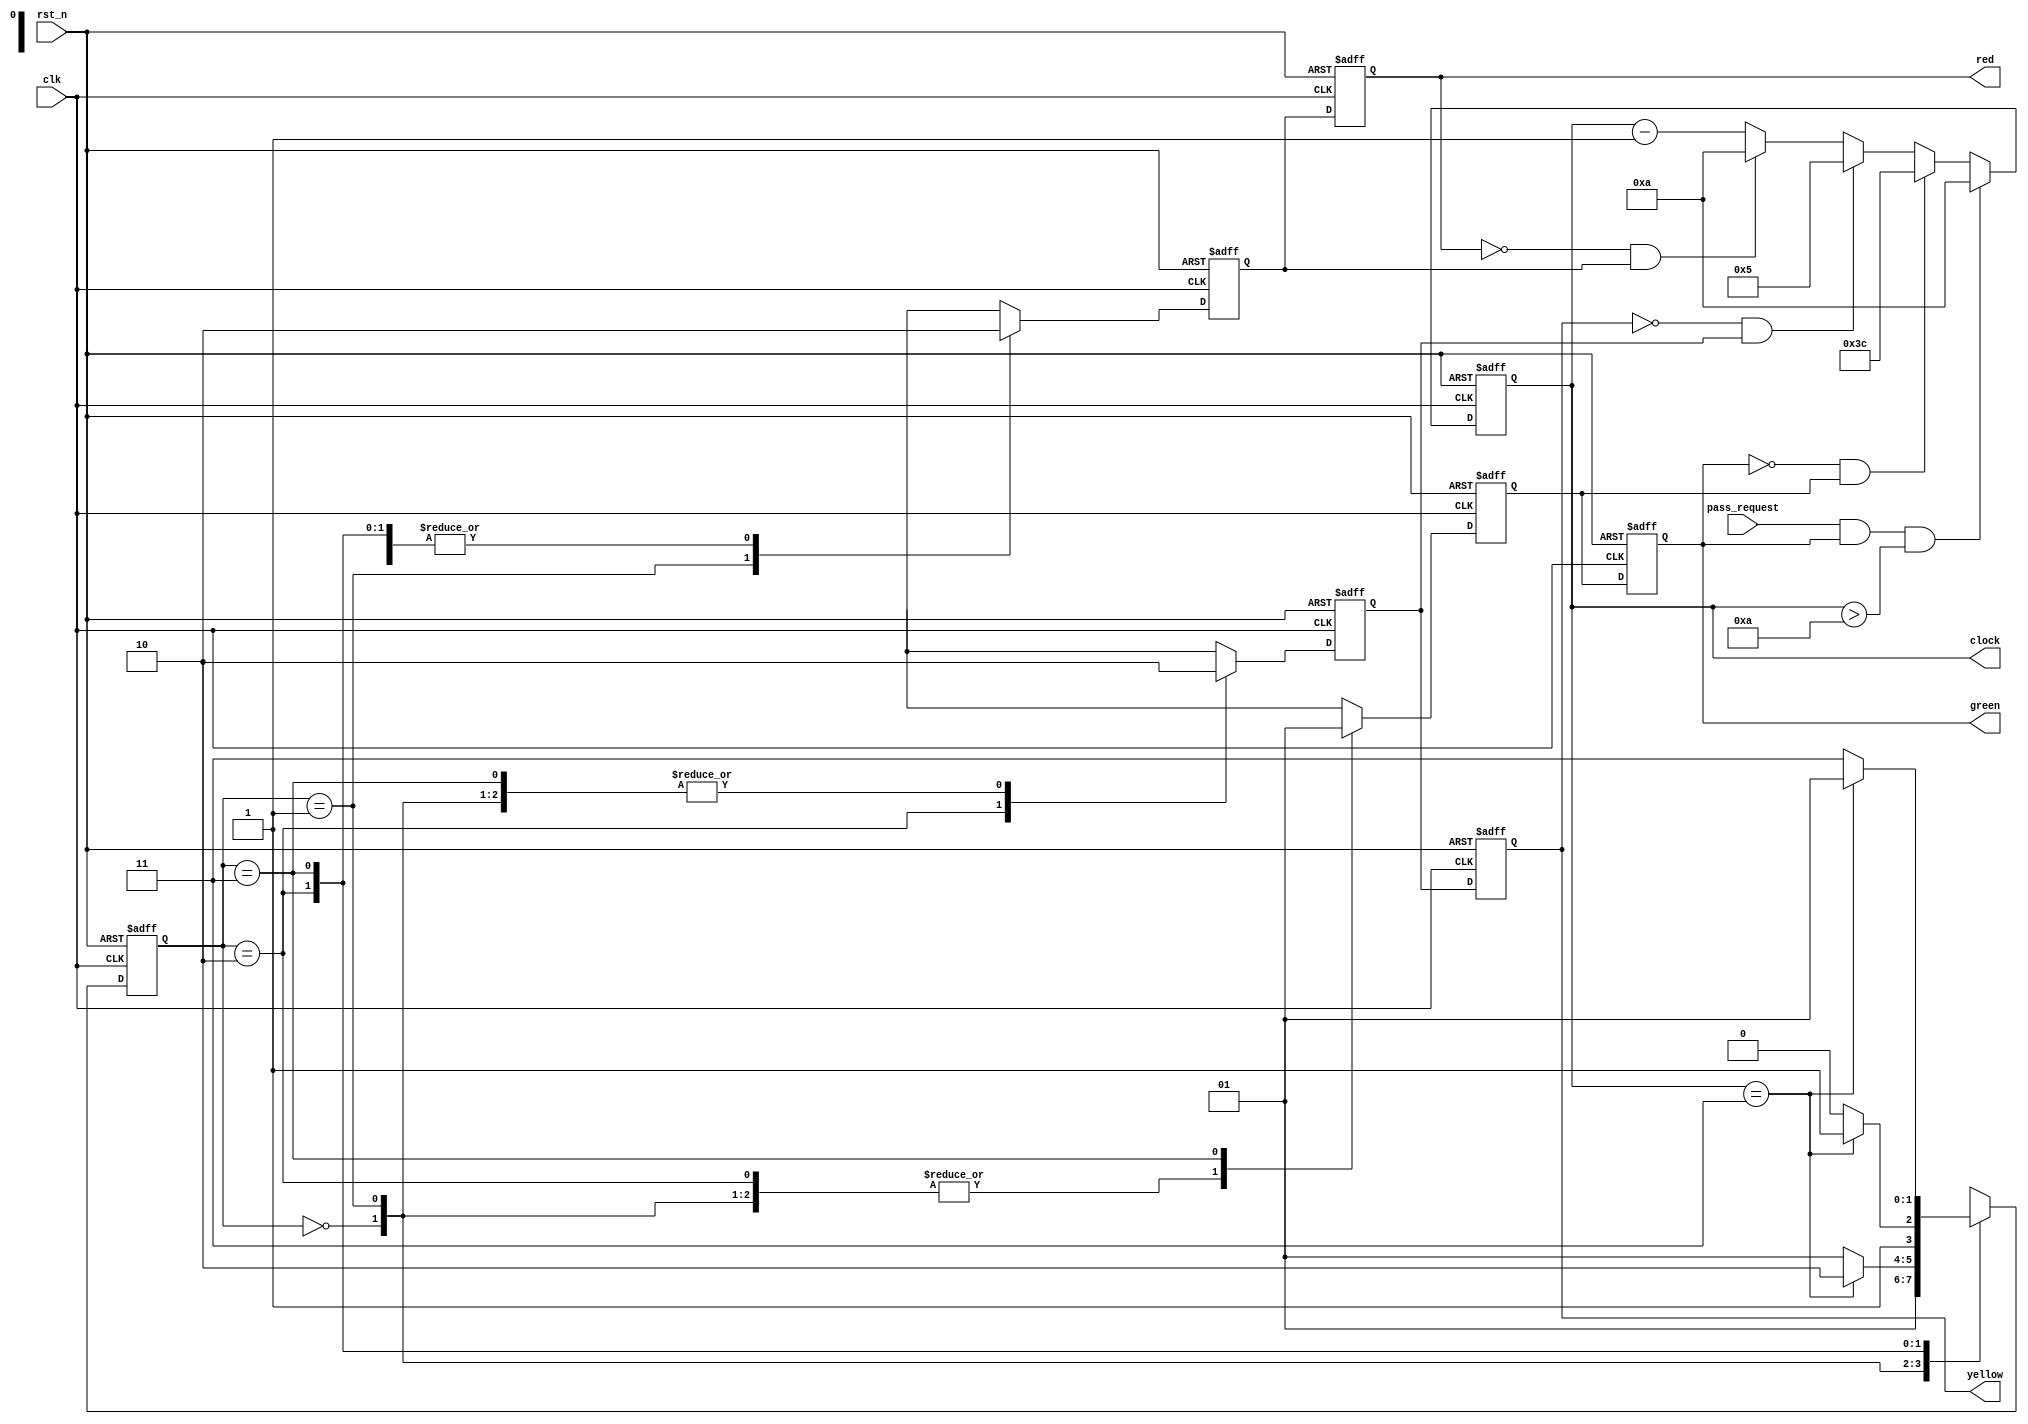
`timescale 1ns/1ns

module triffic_light
    (
		input rst_n, //
        input clk, //
        input pass_request,
		output wire[7:0]clock,
        output reg red,
		output reg yellow,
		output reg green
    );
    parameter IDLE = 0,
              RED = 1,
              YELLOW = 2,
              GREEN = 3;

    reg p_red, p_yellow, p_green;
    reg [7:0] cnt;
    reg[1:0] state;

    always @(posedge clk or negedge rst_n) begin
        if(!rst_n) begin
            cnt <= 10;
        end
        else if(pass_request && green && (cnt > 10)) begin
            cnt <= 10;
        end
        else if (!green && p_green) begin
            cnt <= 60;
        end
        else if(!yellow && p_yellow) begin
            cnt <= 5;
        end
        else if (!red && p_red) begin
            cnt <= 10;
        end
        else begin
            cnt <= cnt - 1;
        end
    end

    assign clock = cnt;

    always @(posedge clk or negedge rst_n) begin
        if(!rst_n) begin
            state <= IDLE;
            p_green <= 0;
            p_yellow <= 0;
            p_red <= 0;
        end
        else case (state)
            IDLE: begin
                p_green <= 0;
                p_red <= 0;
                p_yellow <= 0;
                state <= RED;
            end
            RED: begin
                p_red <= 1;
                p_green <= 0;
                p_yellow <= 0;
                if(cnt == 3) begin
                    state <= YELLOW;
                end
                else begin
                    state <= RED;
                end
            end
            YELLOW: begin
                p_red <= 0;
                p_yellow <= 1;
                p_green <= 0;
                if(cnt == 3) begin
                    state <= GREEN;
                end
                else begin
                    state <= YELLOW;
                end
            end
            GREEN: begin
                p_red <= 0;
                p_yellow <= 0;
                p_green <= 1;
                if(cnt == 3) begin
                    state <= RED;
                end
                else begin
                    state <= GREEN;
                end
            end
        endcase
    end

    always @(posedge clk or negedge rst_n) begin
        if(!rst_n) begin
            red <= 0;
            yellow <= 0;
            green <= 0;
        end
        else begin
            red <= p_red;
            green <= p_green;
            yellow <= p_yellow;
        end
    end
	
endmodule